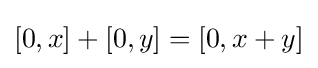
[0,x]+[0,y]=[0,x+y]